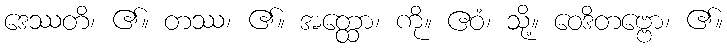
ဒေဿတိ၊ ၏။ တဿ၊ ၏။ အတ္ထော၊ ကို။ ဧဝံ၊ သို့။ ဝေဒိတဗ္ဗော၊ ၏။